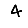
Digit: 4